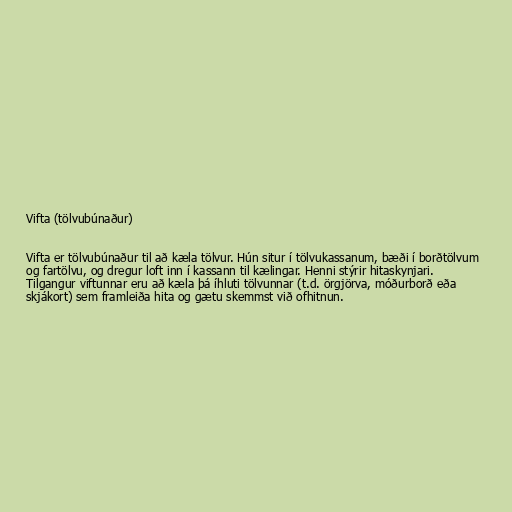
Vifta (tölvubúnaður)

Vifta er tölvubúnaður til að kæla tölvur. Hún situr í tölvukassanum, bæði í borðtölvum
og fartölvu, og dregur loft inn í kassann til kælingar. Henni stýrir hitaskynjari.
Tilgangur viftunnar eru að kæla þá íhluti tölvunnar (t.d. örgjörva, móðurborð eða
skjákort) sem framleiða hita og gætu skemmst við ofhitnun.